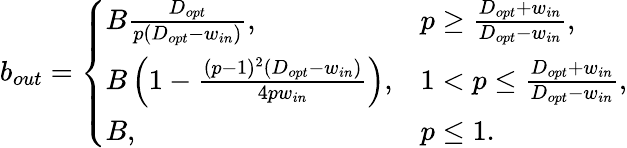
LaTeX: b_{out}=\left\{ \begin{array}{ll}{B\frac{D_{opt}}{p(D_{opt}-w_{in})},}&{p\ge\frac{D_{opt}+w_{in}}{D_{opt}-w_{in}},}\\ {B\left(1-\frac{(p-1)^{2}(D_{opt}-w_{in})}{4pw_{in}}\right),}&{1<p\le\frac{D_{opt}+w_{in}}{D_{opt}-w_{in}},}\\ {B,}&{p\le 1.}\end{array}\right.